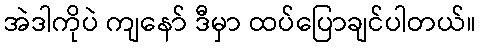
အဲဒါကိုပဲ ကျနော် ဒီမှာ ထပ်ပြောချင်ပါတယ်။